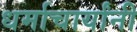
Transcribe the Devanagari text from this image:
धर्माचार्यांनी